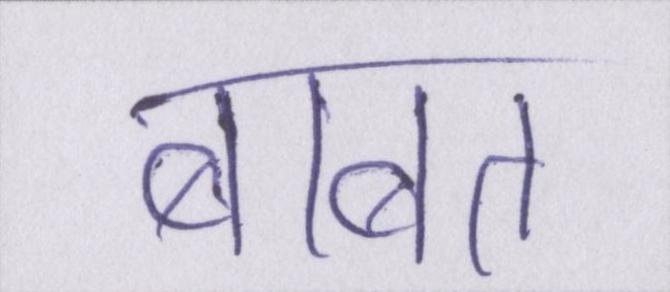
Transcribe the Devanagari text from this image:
बाबत